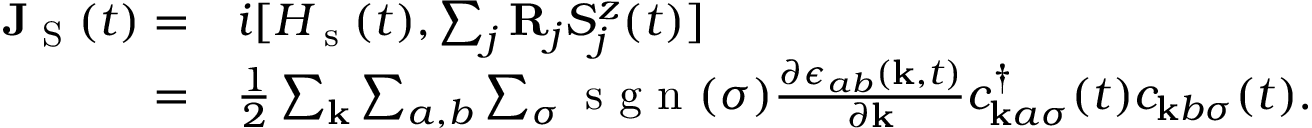
\begin{array} { r l } { \mathbf { J } _ { \textrm { S } } ( t ) = } & { i [ H _ { \textrm { s } } ( t ) , \sum _ { j } \mathbf { R } _ { j } S _ { j } ^ { z } ( t ) ] } \\ { = } & { \frac { 1 } { 2 } \sum _ { \mathbf { k } } \sum _ { a , b } \sum _ { \sigma } \textrm { s g n } ( \sigma ) \frac { \partial \epsilon _ { a b } ( \mathbf { k } , t ) } { \partial \mathbf { k } } c _ { \mathbf { k } a \sigma } ^ { \dagger } ( t ) c _ { \mathbf { k } b \sigma } ( t ) . } \end{array}